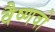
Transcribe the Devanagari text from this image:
वैष्‍णवो